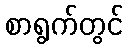
စာရွက်တွင်